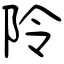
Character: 阾